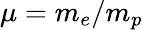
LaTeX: \mu=m_{e}/m_{p}